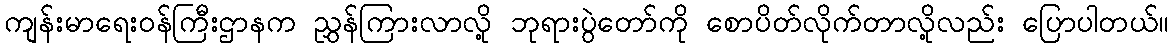
ကျန်းမာရေးဝန်ကြီးဌာနက ညွှန်ကြားလာလို့ ဘုရားပွဲတော်ကို စောပိတ်လိုက်တာလို့လည်း ပြောပါတယ်။